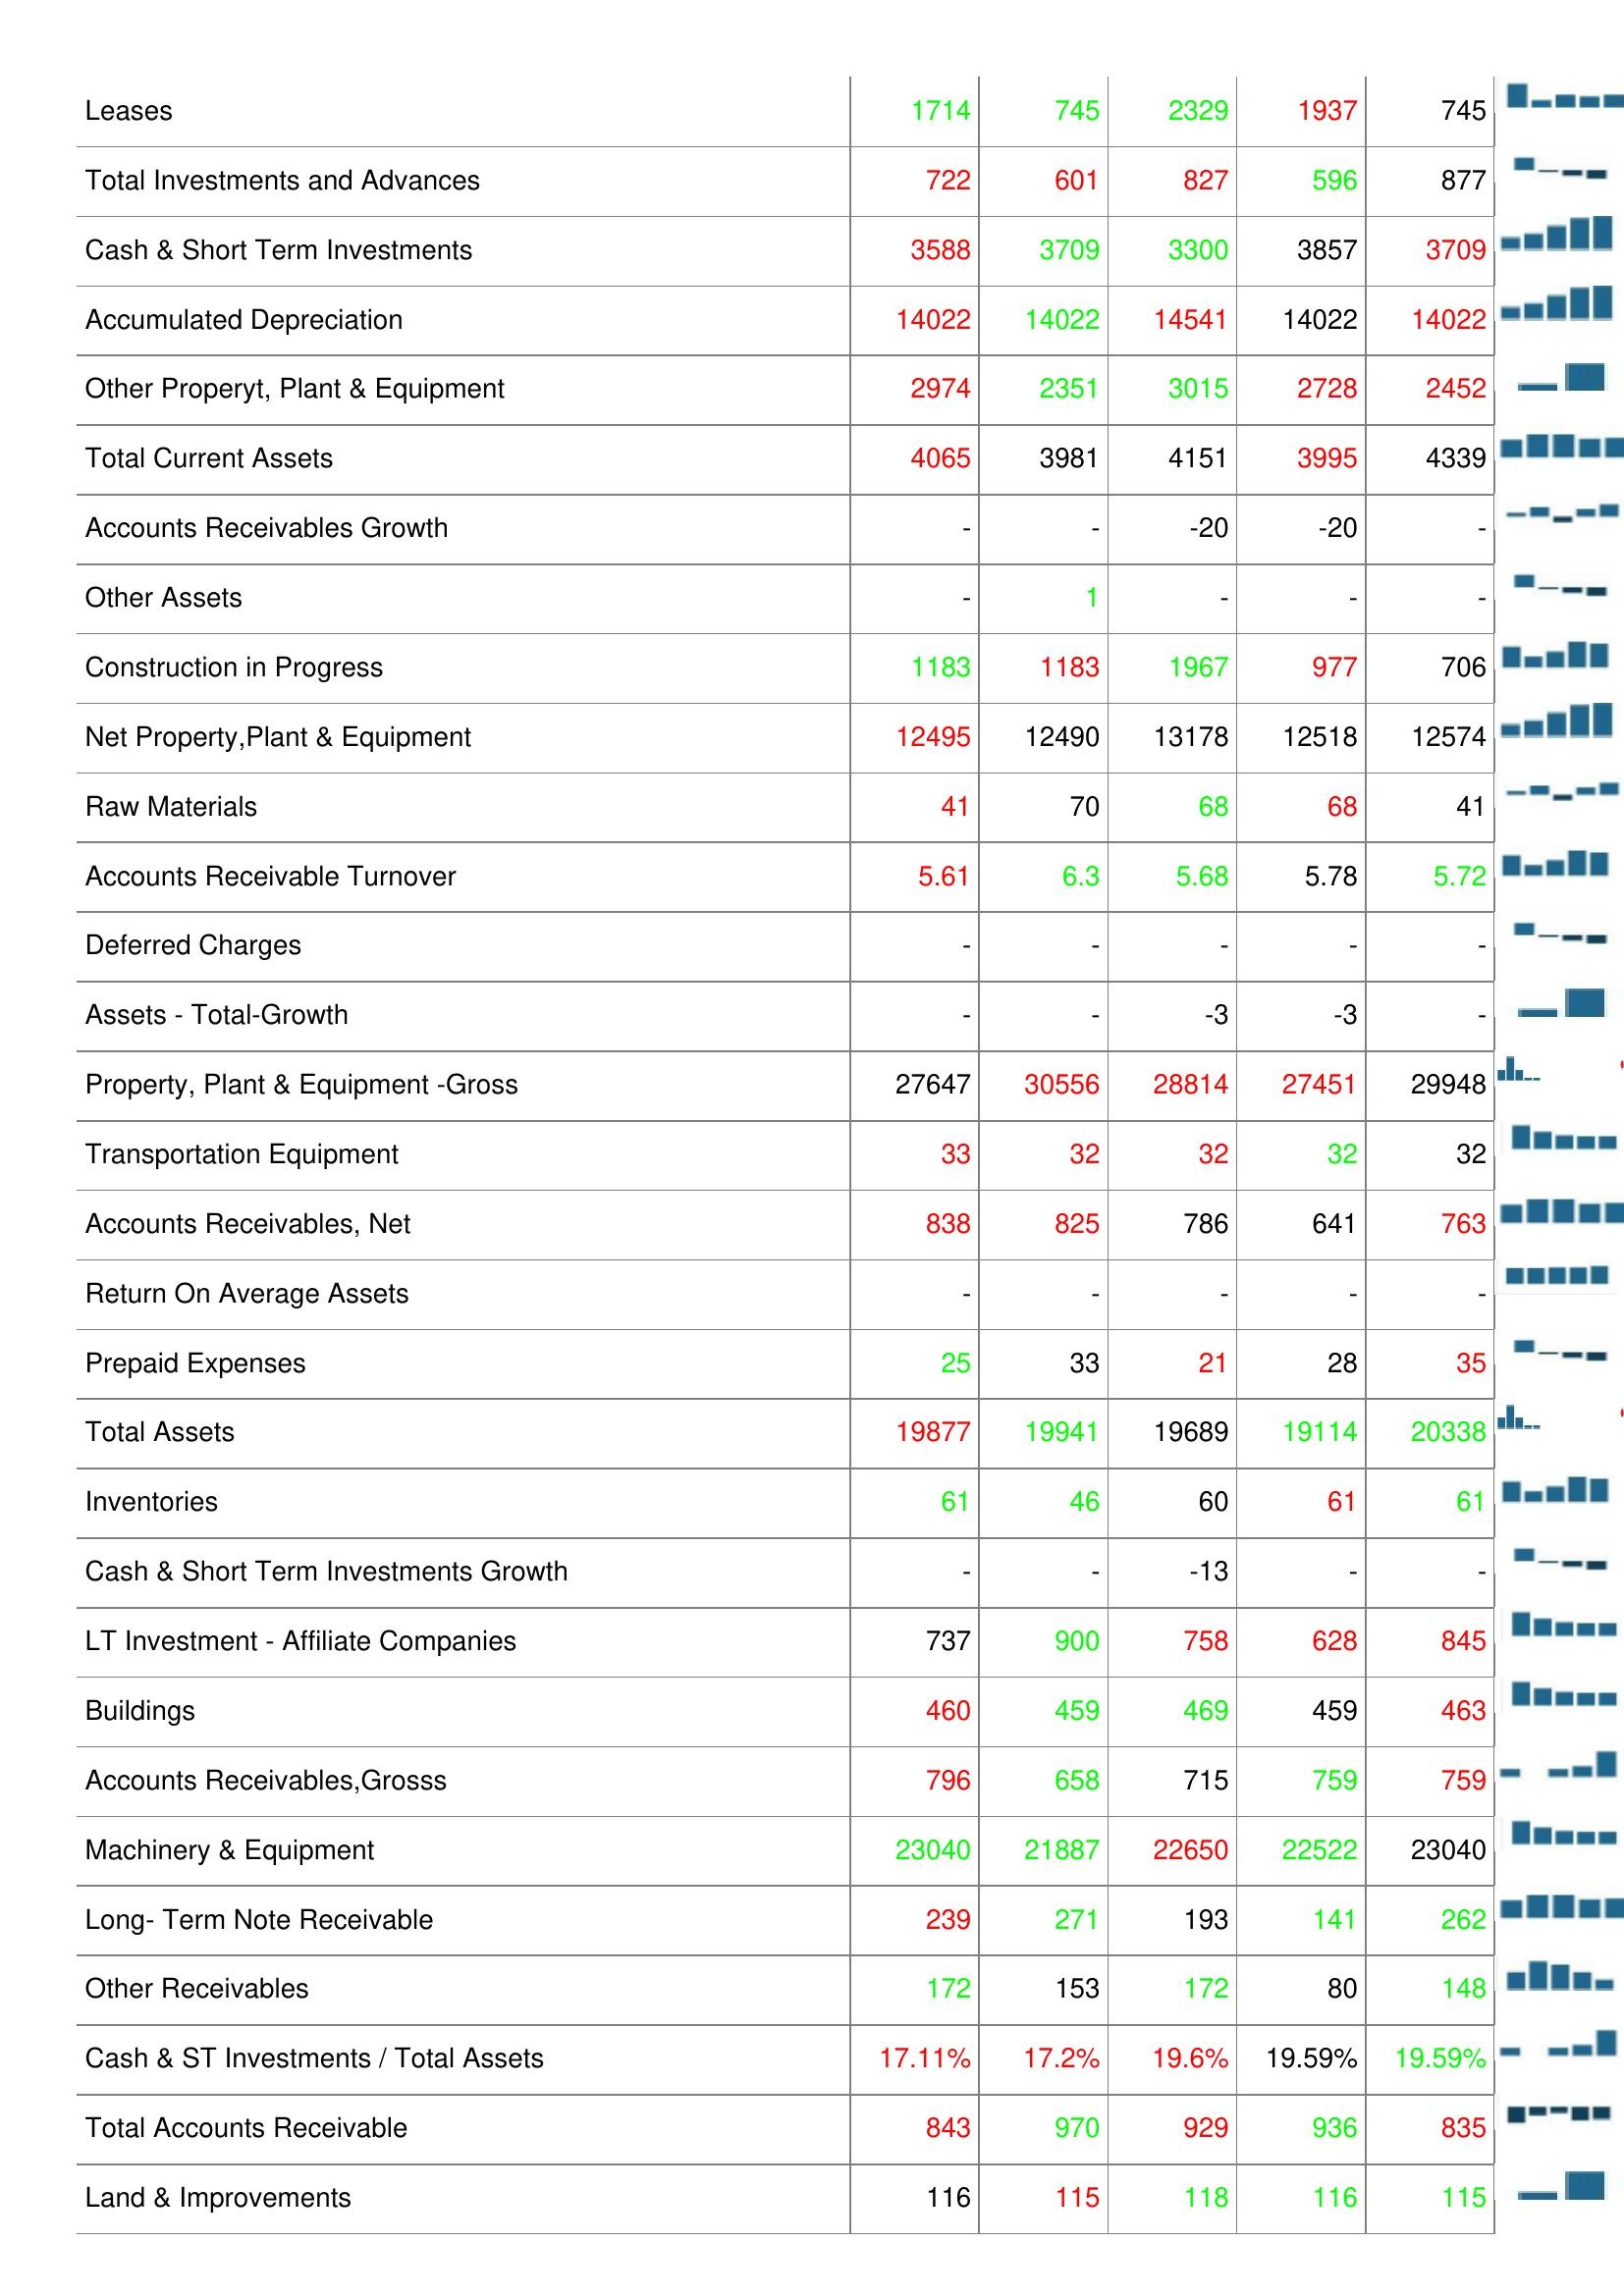
2015: Assets: Computer Software and Equipment: 209
Finished Goods: 4
Other Current Assets: 31
Asset Turnover: -
Cash Only: 6303
Bad Debt/Doubtful Accounts: 0
Leases: 1714
Total Investments and Advances: 722
Cash & Short Term Investments: 3588
Accumulated Depreciation: 14022
Other Properyt, Plant & Equipment: 2974
Total Current Assets: 4065
Accounts Receivables Growth: -
Other Assets: -
Construction in Progress: 1183
Net Property,Plant & Equipment: 12495
Raw Materials: 41
Accounts Receivable Turnover: 5.61
Deferred Charges: -
Assets - Total-Growth: -
Property, Plant & Equipment -Gross: 27647
Transportation Equipment: 33
Accounts Receivables, Net: 838
Return On Average Assets: -
Prepaid Expenses: 25
Total Assets: 19877
Inventories: 61
Cash & Short Term Investments Growth: -
LT Investment - Affiliate Companies: 737
Buildings: 460
Accounts Receivables,Grosss: 796
Machinery & Equipment: 23040
Long- Term Note Receivable: 239
Other Receivables: 172
Cash & ST Investments / Total Assets: 17.11%
Total Accounts Receivable: 843
Land & Improvements: 116
2014: Assets: Computer Software and Equipment: 170
Finished Goods: 4
Other Current Assets: 26
Asset Turnover: 0
Cash Only: 25860
Bad Debt/Doubtful Accounts: 0
Leases: 745
Total Investments and Advances: 601
Cash & Short Term Investments: 3709
Accumulated Depreciation: 14022
Other Properyt, Plant & Equipment: 2351
Total Current Assets: 3981
Accounts Receivables Growth: -
Other Assets: 1
Construction in Progress: 1183
Net Property,Plant & Equipment: 12490
Raw Materials: 70
Accounts Receivable Turnover: 6.3
Deferred Charges: -
Assets - Total-Growth: -
Property, Plant & Equipment -Gross: 30556
Transportation Equipment: 32
Accounts Receivables, Net: 825
Return On Average Assets: -
Prepaid Expenses: 33
Total Assets: 19941
Inventories: 46
Cash & Short Term Investments Growth: -
LT Investment - Affiliate Companies: 900
Buildings: 459
Accounts Receivables,Grosss: 658
Machinery & Equipment: 21887
Long- Term Note Receivable: 271
Other Receivables: 153
Cash & ST Investments / Total Assets: 17.2%
Total Accounts Receivable: 970
Land & Improvements: 115
2013: Assets: Computer Software and Equipment: 209
Finished Goods: 3
Other Current Assets: 35
Asset Turnover: -
Cash Only: 9215
Bad Debt/Doubtful Accounts: 0
Leases: 2329
Total Investments and Advances: 827
Cash & Short Term Investments: 3300
Accumulated Depreciation: 14541
Other Properyt, Plant & Equipment: 3015
Total Current Assets: 4151
Accounts Receivables Growth: -20
Other Assets: -
Construction in Progress: 1967
Net Property,Plant & Equipment: 13178
Raw Materials: 68
Accounts Receivable Turnover: 5.68
Deferred Charges: -
Assets - Total-Growth: -3
Property, Plant & Equipment -Gross: 28814
Transportation Equipment: 32
Accounts Receivables, Net: 786
Return On Average Assets: -
Prepaid Expenses: 21
Total Assets: 19689
Inventories: 60
Cash & Short Term Investments Growth: -13
LT Investment - Affiliate Companies: 758
Buildings: 469
Accounts Receivables,Grosss: 715
Machinery & Equipment: 22650
Long- Term Note Receivable: 193
Other Receivables: 172
Cash & ST Investments / Total Assets: 19.6%
Total Accounts Receivable: 929
Land & Improvements: 118
2012: Assets: Computer Software and Equipment: 227
Finished Goods: 3
Other Current Assets: 37
Asset Turnover: -
Cash Only: 6303
Bad Debt/Doubtful Accounts: 0
Leases: 1937
Total Investments and Advances: 596
Cash & Short Term Investments: 3857
Accumulated Depreciation: 14022
Other Properyt, Plant & Equipment: 2728
Total Current Assets: 3995
Accounts Receivables Growth: -20
Other Assets: -
Construction in Progress: 977
Net Property,Plant & Equipment: 12518
Raw Materials: 68
Accounts Receivable Turnover: 5.78
Deferred Charges: -
Assets - Total-Growth: -3
Property, Plant & Equipment -Gross: 27451
Transportation Equipment: 32
Accounts Receivables, Net: 641
Return On Average Assets: -
Prepaid Expenses: 28
Total Assets: 19114
Inventories: 61
Cash & Short Term Investments Growth: -
LT Investment - Affiliate Companies: 628
Buildings: 459
Accounts Receivables,Grosss: 759
Machinery & Equipment: 22522
Long- Term Note Receivable: 141
Other Receivables: 80
Cash & ST Investments / Total Assets: 19.59%
Total Accounts Receivable: 936
Land & Improvements: 116
2011: Assets: Computer Software and Equipment: 172
Finished Goods: 3
Other Current Assets: 28
Asset Turnover: 0
Cash Only: 25860
Bad Debt/Doubtful Accounts: 0
Leases: 745
Total Investments and Advances: 877
Cash & Short Term Investments: 3709
Accumulated Depreciation: 14022
Other Properyt, Plant & Equipment: 2452
Total Current Assets: 4339
Accounts Receivables Growth: -
Other Assets: -
Construction in Progress: 706
Net Property,Plant & Equipment: 12574
Raw Materials: 41
Accounts Receivable Turnover: 5.72
Deferred Charges: -
Assets - Total-Growth: -
Property, Plant & Equipment -Gross: 29948
Transportation Equipment: 32
Accounts Receivables, Net: 763
Return On Average Assets: -
Prepaid Expenses: 35
Total Assets: 20338
Inventories: 61
Cash & Short Term Investments Growth: -
LT Investment - Affiliate Companies: 845
Buildings: 463
Accounts Receivables,Grosss: 759
Machinery & Equipment: 23040
Long- Term Note Receivable: 262
Other Receivables: 148
Cash & ST Investments / Total Assets: 19.59%
Total Accounts Receivable: 835
Land & Improvements: 115